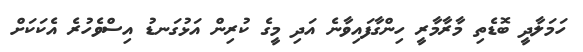
ހަމަލާދީ ބޮޑެތި މާރާމާރީ ހިންގާފައިވާނެ އަދި މީގެ ކުރިން އަޅުގަނޑު އިސްވެހުރެ އެކަކަށް